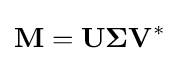
\mathbf {M} =\mathbf {U\Sigma V} ^{*}